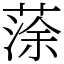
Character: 蒤